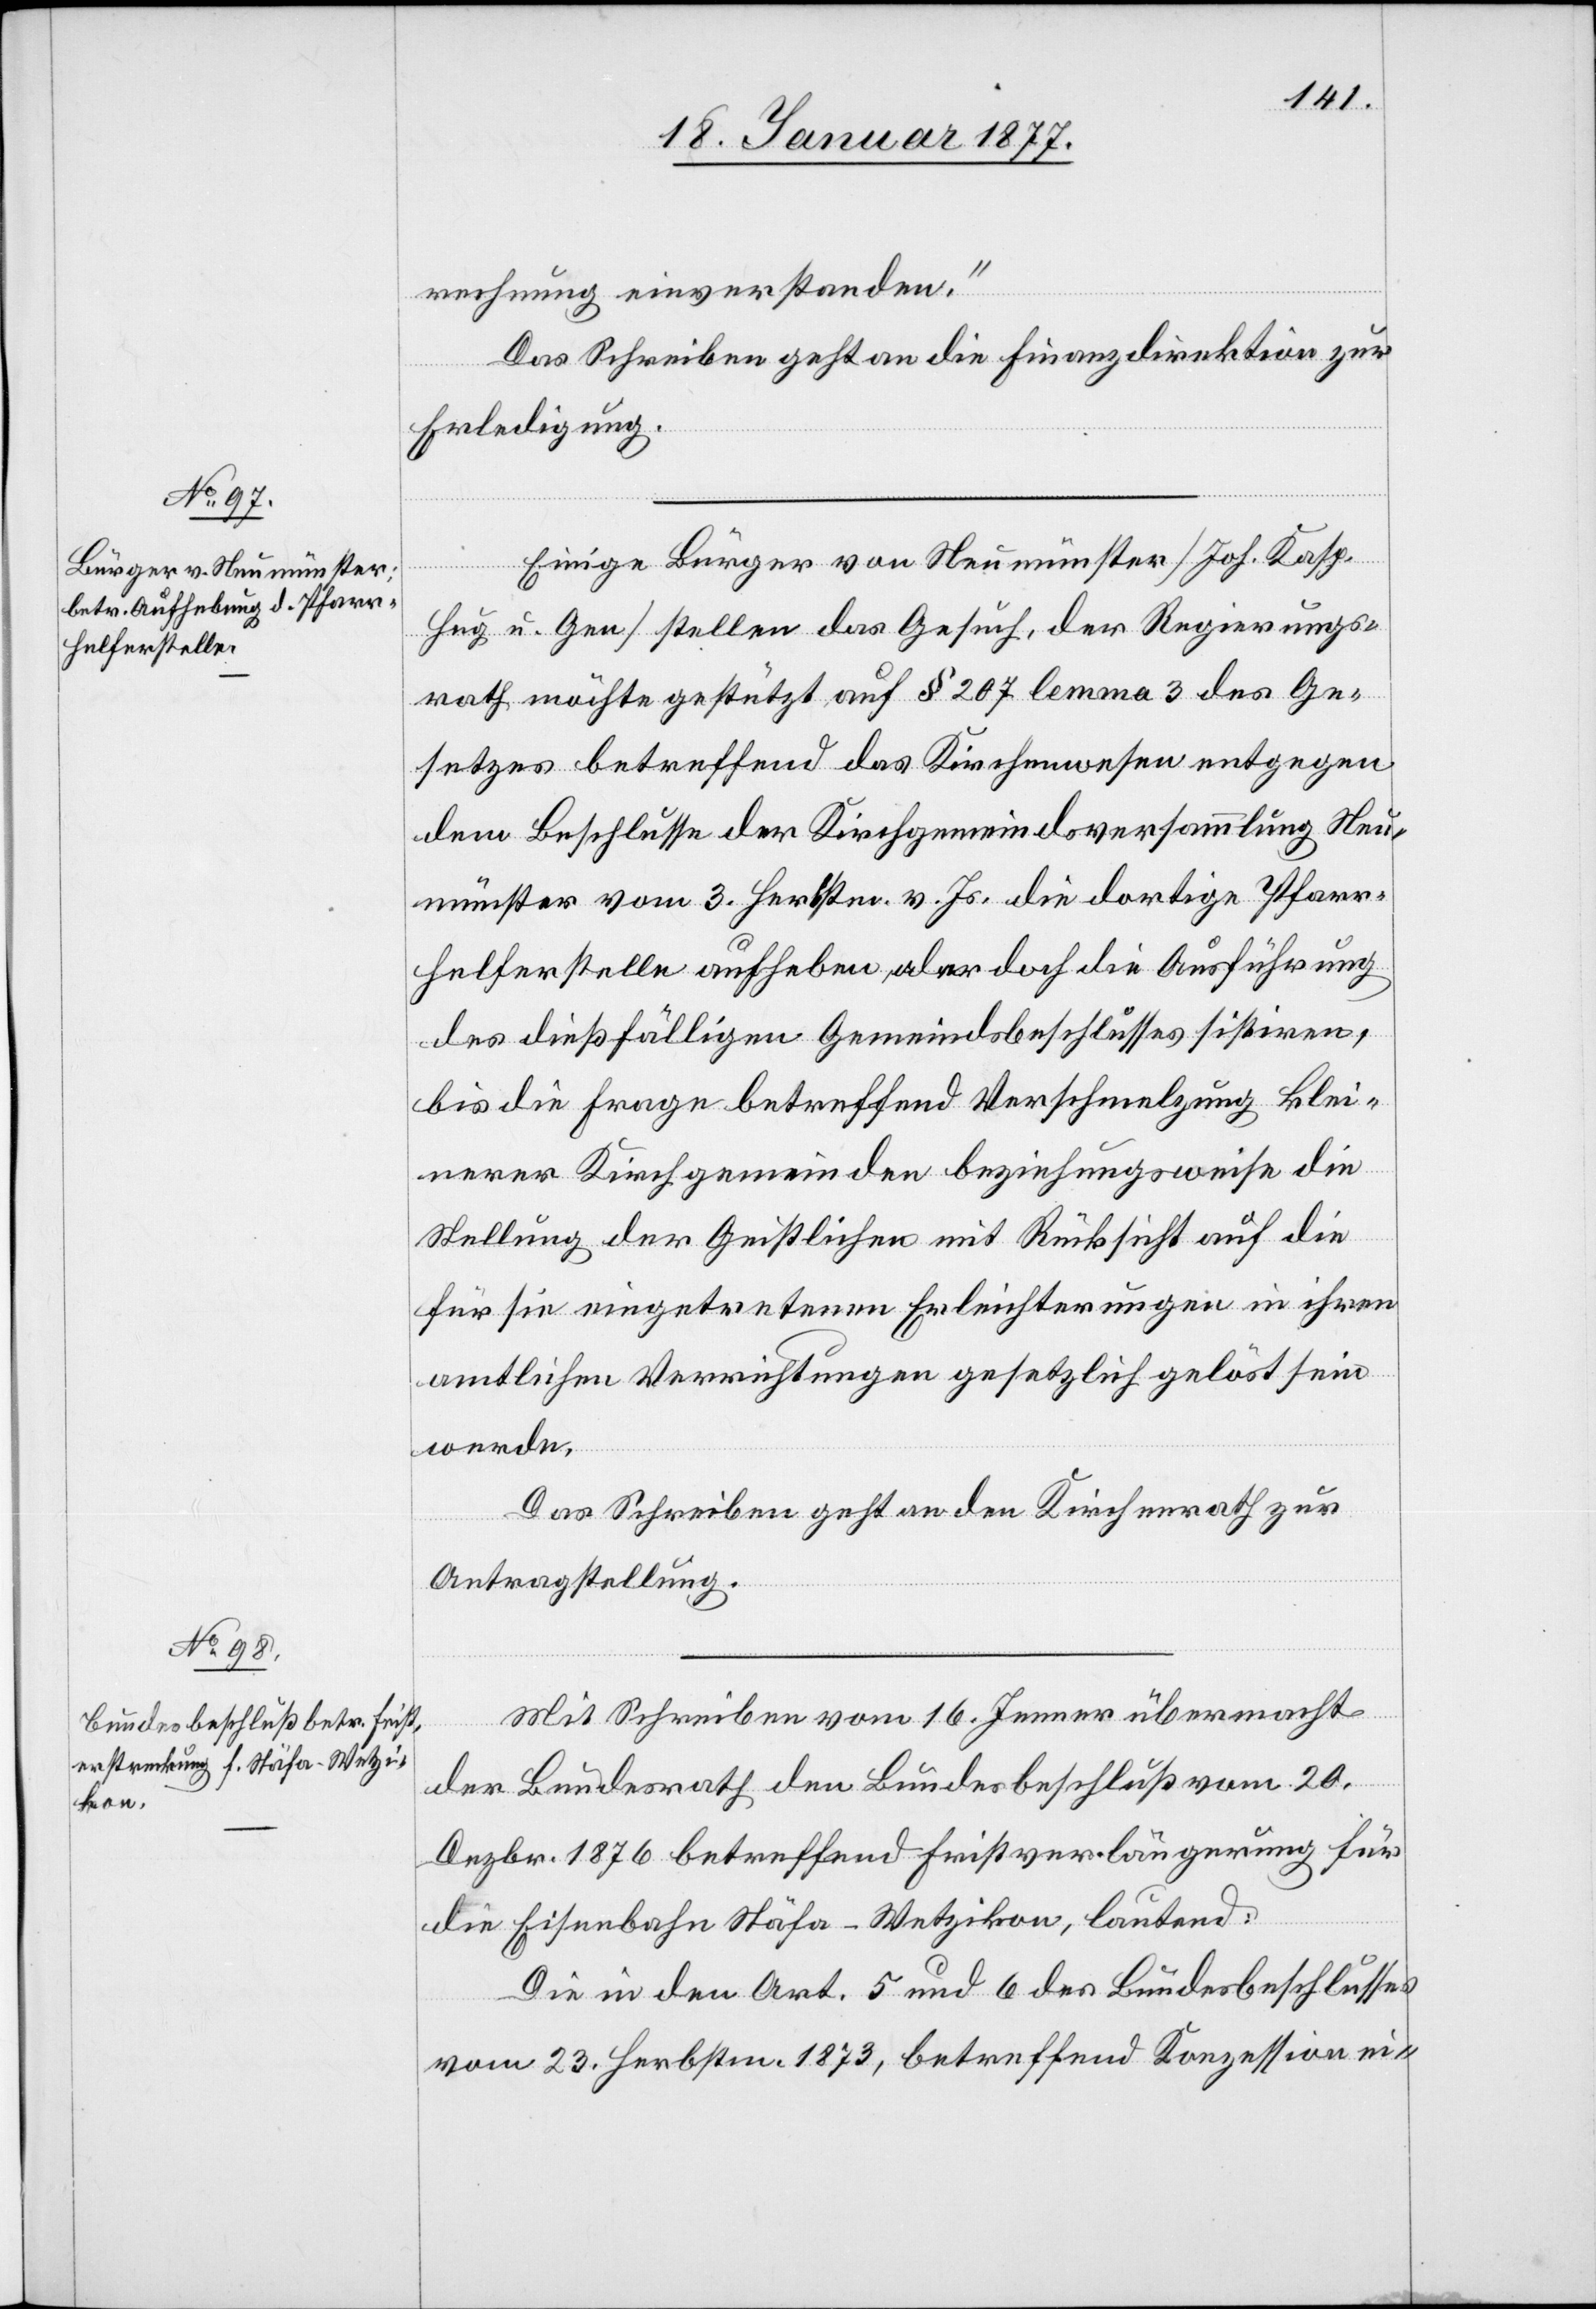
rechnung einverstanden.“
Das Schreiben geht an die Finanzdirektion zur
Erledigung.
Einige Bürger von Neumünster [Joh. Kasp.
Hug u. Gen.] stellen das Gesuch, der Regierungs¬
rath möchte gestützt auf § 207 lemma 3 des Ge¬
setzes betreffend das Kirchenwesen entgegen
dem Beschlusse der Kirchgemeindsversammlung Neu¬
münster vom 3. Herbstm. v. Js. die dortige Pfarr¬
helferstelle aufheben, oder doch die Ausführung
des dießfälligen Gemeindsbeschlusses sistiren,
bis die Frage betreffend Verschmelzung klei¬
nerer Kirchgemeinden beziehungsweise die
Stellung der Geistlichen mit Rücksicht auf die
für sie eingetretenen Erleichterungen in ihren
amtlichen Verrichtungen gesetzlich gelöst sein
werde.
Das Schreiben geht an den Kirchenrath zur
Antragstellung.
Mit Schreiben vom 16. Jenner übermacht
der Bundesrath den Bundesbeschluß vom 20.
Dezbr. 1876 betreffend Fristverlängerung für
die Eisenbahn Stäfa–Wetzikon, lautend:
Die in den Art. 5 und 6 des Bundesbeschlusses
vom 23. Herbstm. 1873, betreffend Konzession ei-